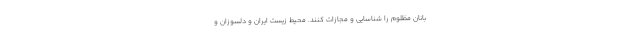
بانان مظلوم را شناسایی و مجازات کنند. محیط زیست ایران و دلسوزان و